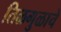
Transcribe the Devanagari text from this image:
तिळगुळाचे